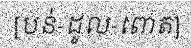
[បន់-ដូល-ពោត]